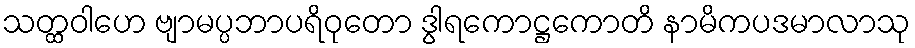
သတ္ထဝါဟေ ဗျာမပ္ပဘာပရိဝုတော ဒွါရကောဋ္ဌကောတိ နာမိကပဒမာလာသု